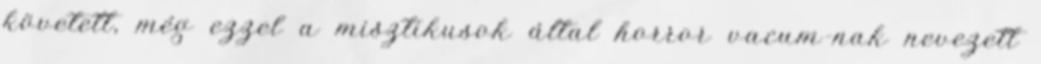
követett, még ezzel a misztikusok által horror vacum-nak nevezett